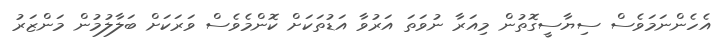
އެހެންނަމަވެސް ސިޔާސީގޮތުން މިއަރާ ނުވަތަ އަރުވާ އަޑުތަކަށް ކޮންމެވެސް ވަރަކަށް ބަލާލުމުން މަންޒަރު